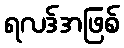
ရလဒ်အဖြစ်